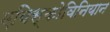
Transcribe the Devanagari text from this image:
एविस्कोविनियान